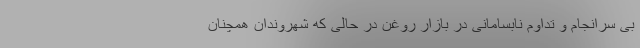
بی سرانجام و تداوم نابسامانی در بازار روغن در حالی که شهروندان همچنان